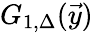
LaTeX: G_{1,\Delta}(\vec{y})